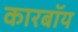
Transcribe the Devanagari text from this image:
कारबॉय